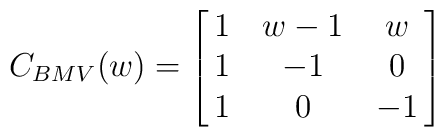
C_{BMV}(w)=\left[\matrix{1&w-1&w\cr 1&-1&0\cr 1&0&-1\cr}\right]